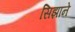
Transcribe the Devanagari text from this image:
सिझाने